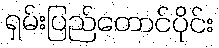
ရှမ်းပြည်တောင်ပိုင်း